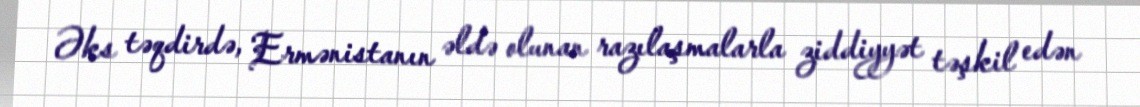
Əks təqdirdə, Ermənistanın əldə olunan razılaşmalarla ziddiyyət təşkil edən